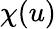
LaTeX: \chi(u)